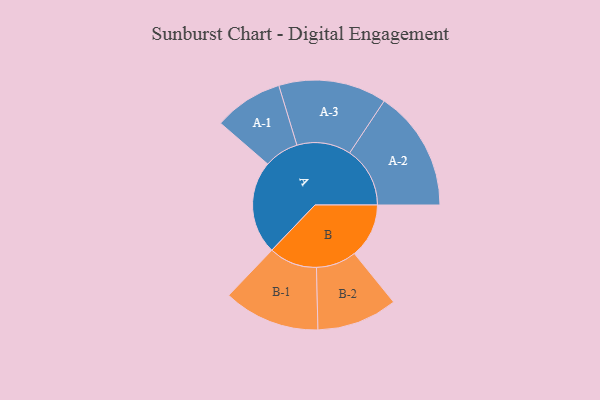
{"axis": {"x": "Segment", "y": "Value"}, "legend": ["", "A", "B"], "data": [{"x": "A", "y": 354, "type": ""}, {"x": "B", "y": 207, "type": ""}, {"x": "A-1", "y": 131, "type": "A"}, {"x": "A-2", "y": 229, "type": "A"}, {"x": "A-3", "y": 205, "type": "A"}, {"x": "B-1", "y": 183, "type": "B"}, {"x": "B-2", "y": 153, "type": "B"}]}